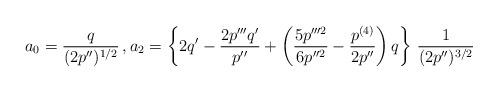
LaTeX: \begin{align*} a_0 = \frac{q}{(2p'')^{1/2}}\, , a_2 = \left\{ 2q' - \frac{2p''' q'}{p''} + \left( \frac{5p'''^2}{6p''^2} - \frac{p^{(4)}}{2p''}\right) q\right\} \, \frac{1}{(2p'')^{3/2}}\end{align*}